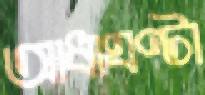
আধাঘণ্টা